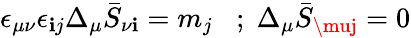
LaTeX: \epsilon_{\mu\nu}\epsilon_{\mathbf{i}j}\Delta_{\mu}\bar{{S}}_{\nu\mathbf{i}}=m_{j}\; \; \; ;\; \Delta_{\mu}\bar{{S}}_{\muj}=0